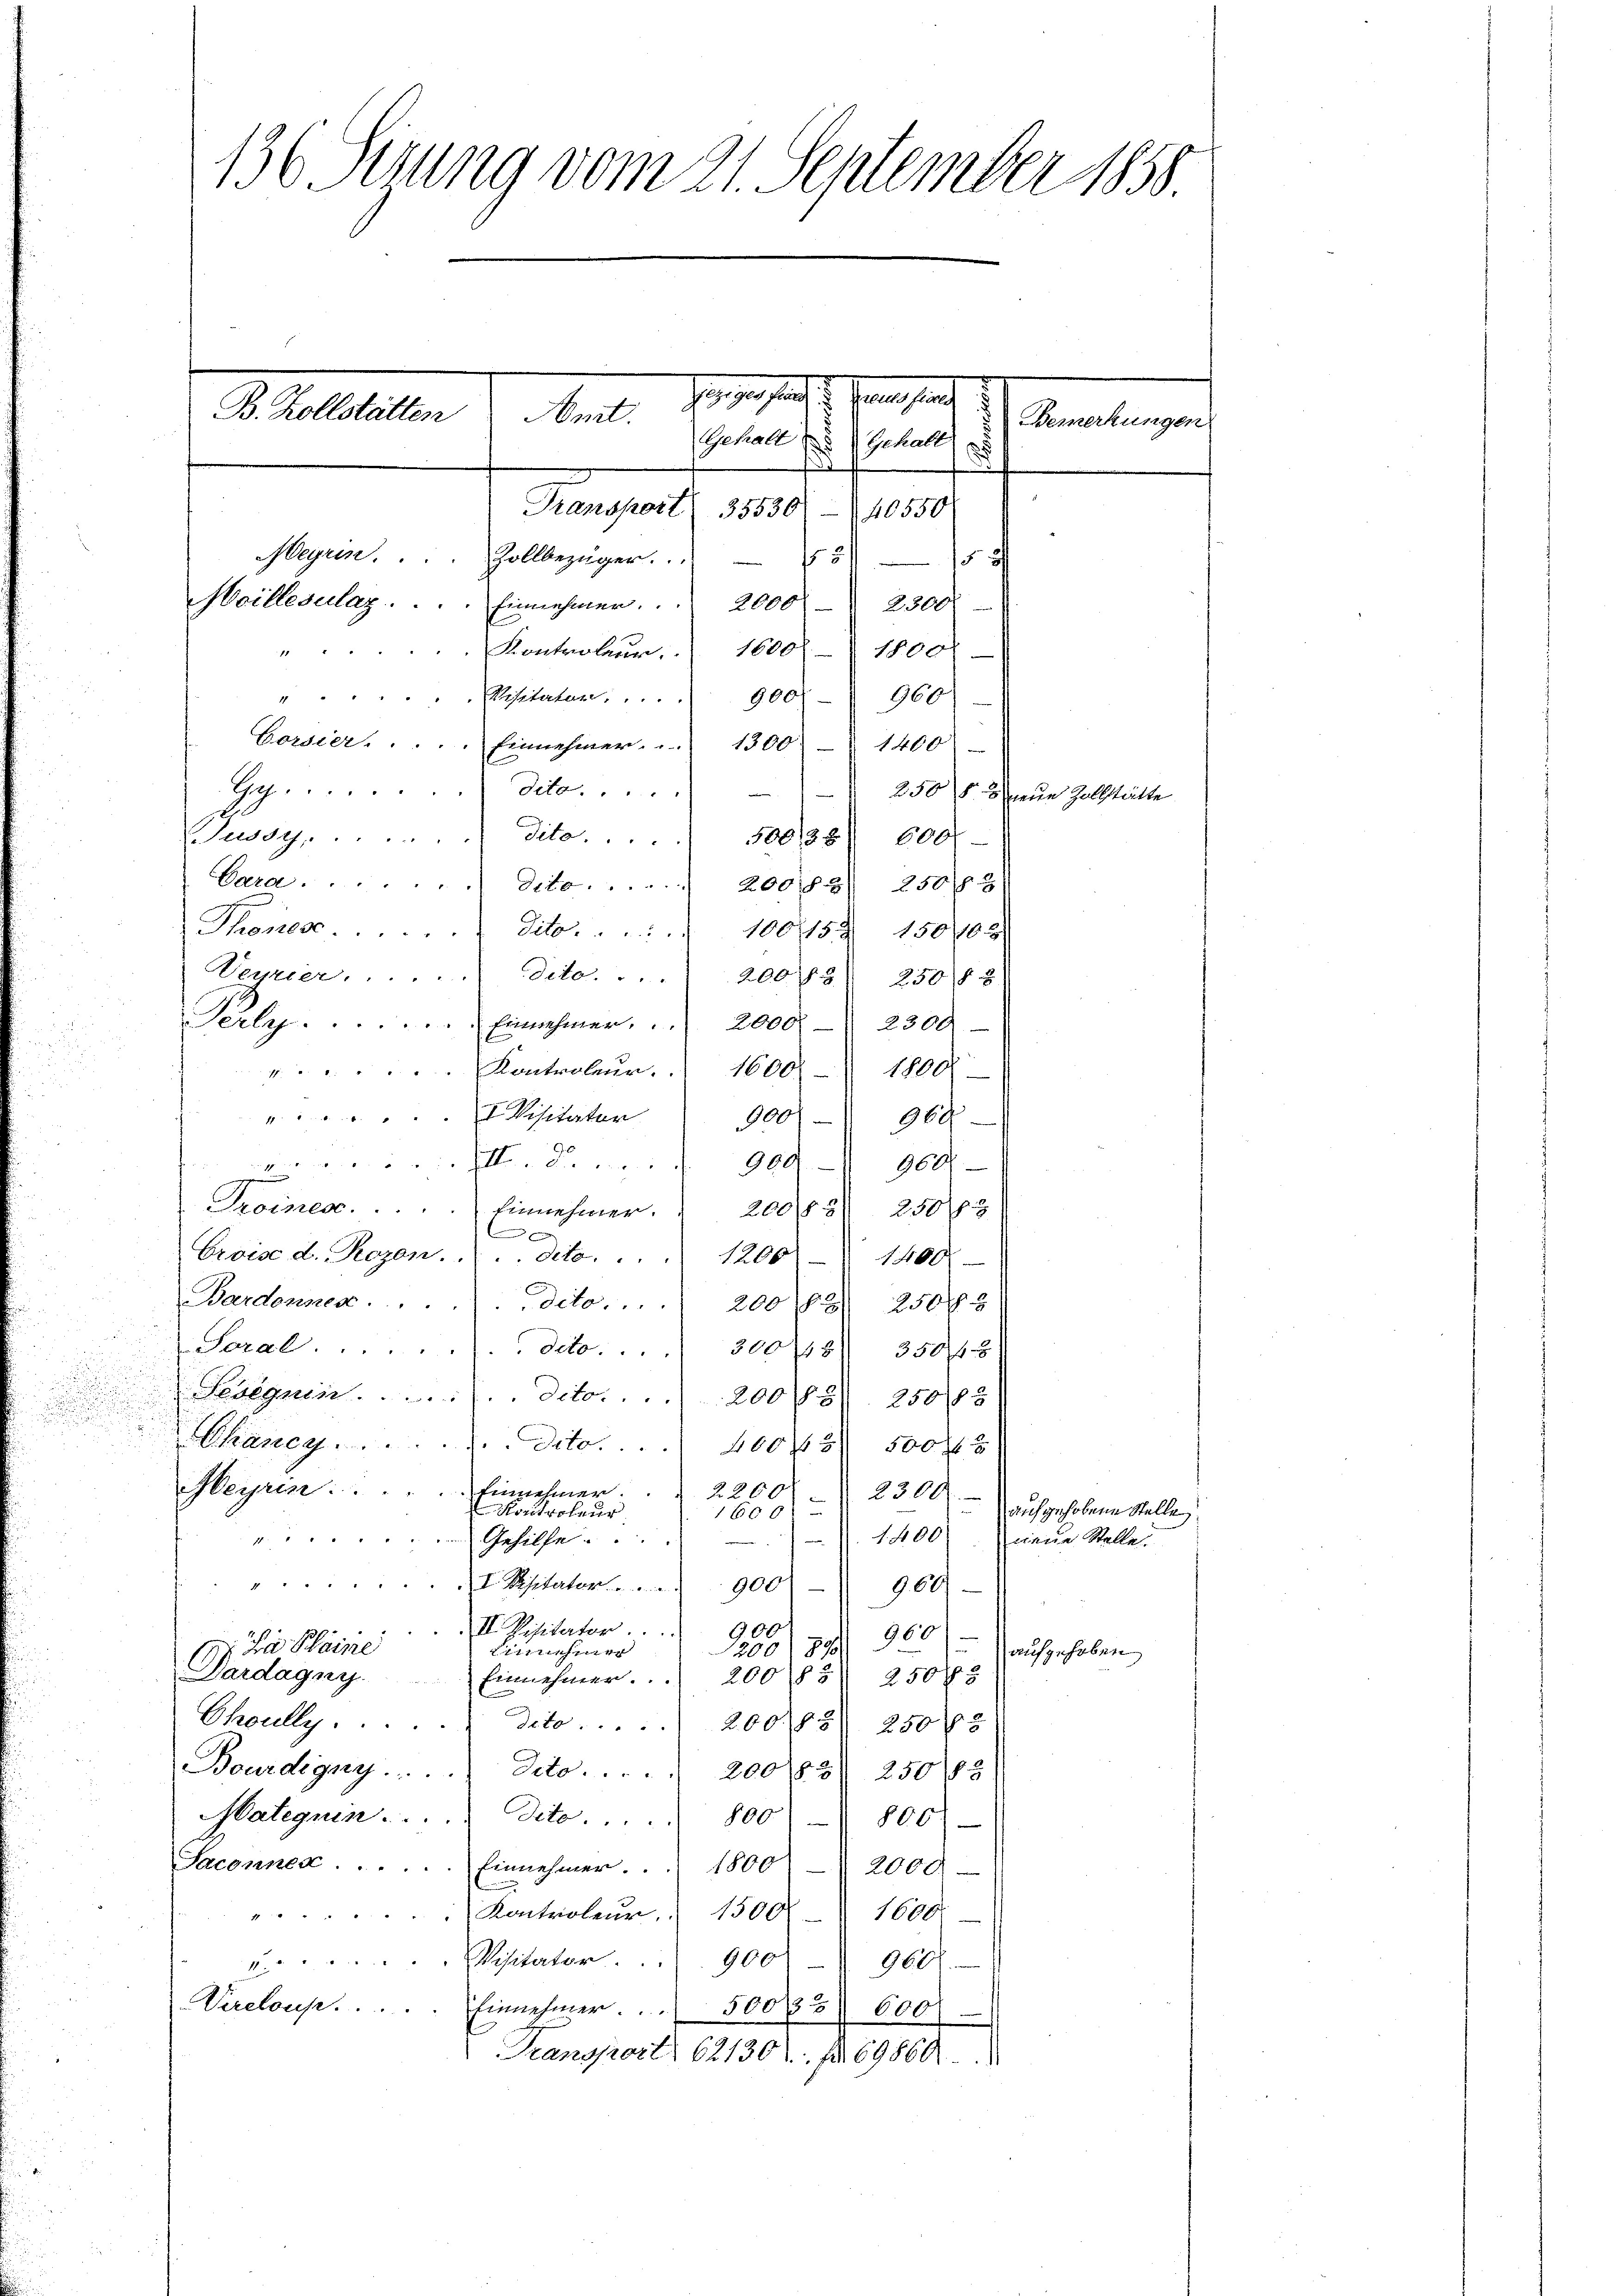
136 Sezung vom 21. September 1858
Jugen auf 1. Juni, pag. 1
B. Kollstätten
Amt.
Bemerkungen
Gehalt Gehalt
5
Hangen, und
40550
Meyrin. . . . Zollbezüger.
f 5
och
Heillesalaz . . . . Einnehmer. 2000 - 2300
Kontroleur. 1600
1800
160
1
Positator.  ..  ..  900

Corsier. . . . . Einnehmer. .. 1300. 1400
Ges. . . . . . . . dita. ....
Jussy.  ..  .. ...dito. . . . . 50038) 600.
Cara . . . . deto . . . . . . 20088) 250/88.
Thones ........ Tit. 10015. 15065.
Veyrier. dito. 20085) 250188.
erle.  ..  .. ..   Einnehmer. . . 2000. 2300
Kontroleur.  1600. 1800.
4
 Visitatur 900
k
964

909 900
e
Proines.  ..  ..  ..   Einnehmer.  200 f 250 f 3
Ervise d. Rozen. ...dito. ..
1200 - 1400
Bardonnes . . . . . . dito.  .. . 20068) 250 fl 3
Soral.
deto 300/8 350 f 8
Seseguin . . . . . . deto 20065) 25083
e
Chance.  ..  ..  ..  Dito. 400fr. 500 x
Meyrin: ..
Einnehmer.
2200
2300. auch gehobene Stelle
Kontroleur
160 xx
 1400. neue Stellei
f
Gehilfe...
M
I. Beisterten
9001 900
II. Visitator ....
900
200/89 960
Si Kleine
Einnehmer
Dardagny.
20085) 250 f 2
Einnehmer...
Choully . . . . . . deto . . 20068) 2508
Bourdigny . . . . . Octo . . . . 20083) 250 § 3
Malegnin. . . . . dito. " 800 - 800
Saconnen . . . . .. Einnehmer. . . 1800 - 2000
". Kontroleur,  1500 - 1600.
u.  ..  ..  ..  Visitator. 900
960f
Virelouse. . . . . Einnehmer. . . 50035 6000
Transport. 62130 f. 69860

250 § 2 neue Zollstätte

aufgehoben